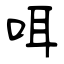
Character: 咡